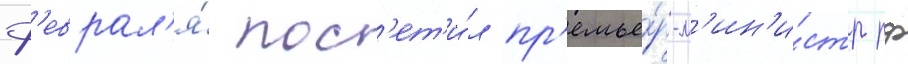
ф'еврал'я́ пос'ет'и́л пр'емье́р-м'ин'и́стр рф